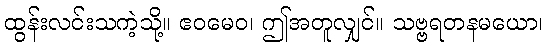
ထွန်းလင်းသကဲ့သို့။ ဧဝမေဝ၊ ဤအတူလျှင်။ သဗ္ဗရတနမယော၊